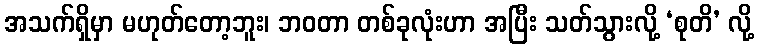
အသက်ရှိမှာ မဟုတ်တော့ဘူး၊ ဘဝတာ တစ်ခုလုံးဟာ အပြီး သတ်သွားလို့ ‘စုတိ’ လို့